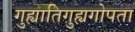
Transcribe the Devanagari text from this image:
गुह्यातिगुह्यगोपता